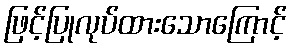
ဖြင့်ပြုလုပ်ထားသောကြောင့်